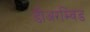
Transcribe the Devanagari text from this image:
डीअरम्विड